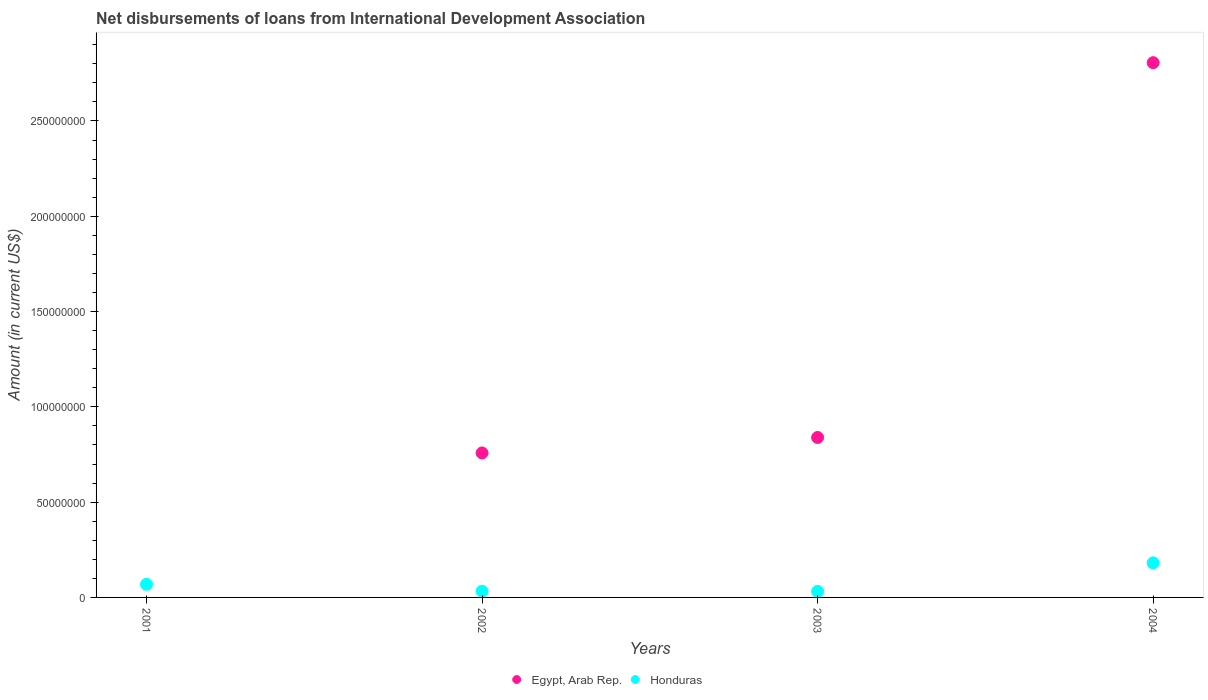
| Years | Egypt, Arab Rep. | Honduras |
 | --- | --- | --- |
 | 2001 | -3.86e+07 | 6.89e+06 |
 | 2002 | 7.58e+07 | 3.2e+06 |
 | 2003 | 8.39e+07 | 3.18e+06 |
 | 2004 | 2.81e+08 | 1.81e+07 |